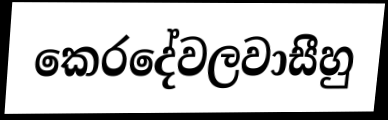
කෙරදේවලවාසීහු